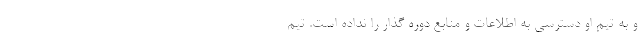
و به تیم او دسترسی به اطلاعات و منابع دوره گذار را نداده است. تیم